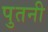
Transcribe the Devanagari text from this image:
पुतनी